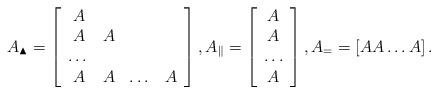
LaTeX: \begin{align*}A_\blacktriangle=\left[ \begin{array}{cccc} A & & & \\A & A & & \\\dots & & & \\A & A & \dots & A \\\end{array} \right], A_\|=\left[ \begin{array}{c} A \\A \\\dots \\A \\\end{array} \right],A_= = \left[ A A \dots A \right].\end{align*}